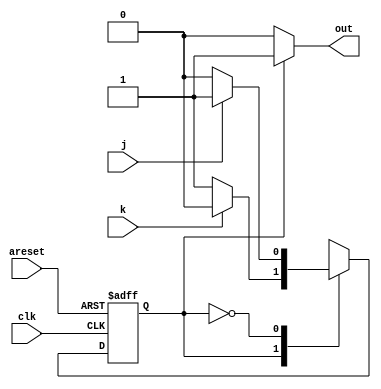
/*
This is a Moore state machine with two states, two inputs, and one output. Implement this state machine.

This exercise is the same as fsm2s, but using asynchronous reset.

https://hdlbits.01xz.net/wiki/Fsm2
*/


module top_module(
    input clk,
    input areset,    // Asynchronous reset to OFF
    input j,
    input k,
    output out); //  

    parameter OFF=0, ON=1; 
    reg state, next_state;

    always @(*) begin
        
        case(state)

        ON: next_state <= (k)? OFF : ON;
        OFF: next_state <= (j)? ON : OFF;

        endcase

    end

    always @(posedge clk, posedge areset) begin
        if(areset)
            state = OFF;
        else
            state = next_state;
        // State flip-flops with asynchronous reset
    end

    // Output logic
    assign out = (state == ON)? 1 : 0;

endmodule